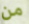
من